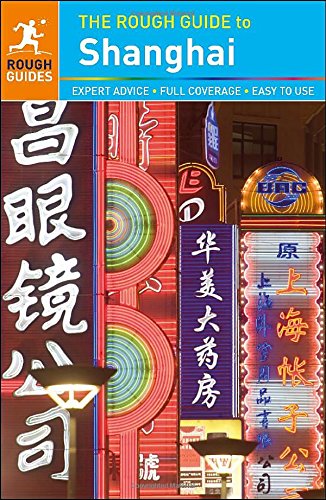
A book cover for The Rough Guide to Shanghai; Simon Lewis; Travel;